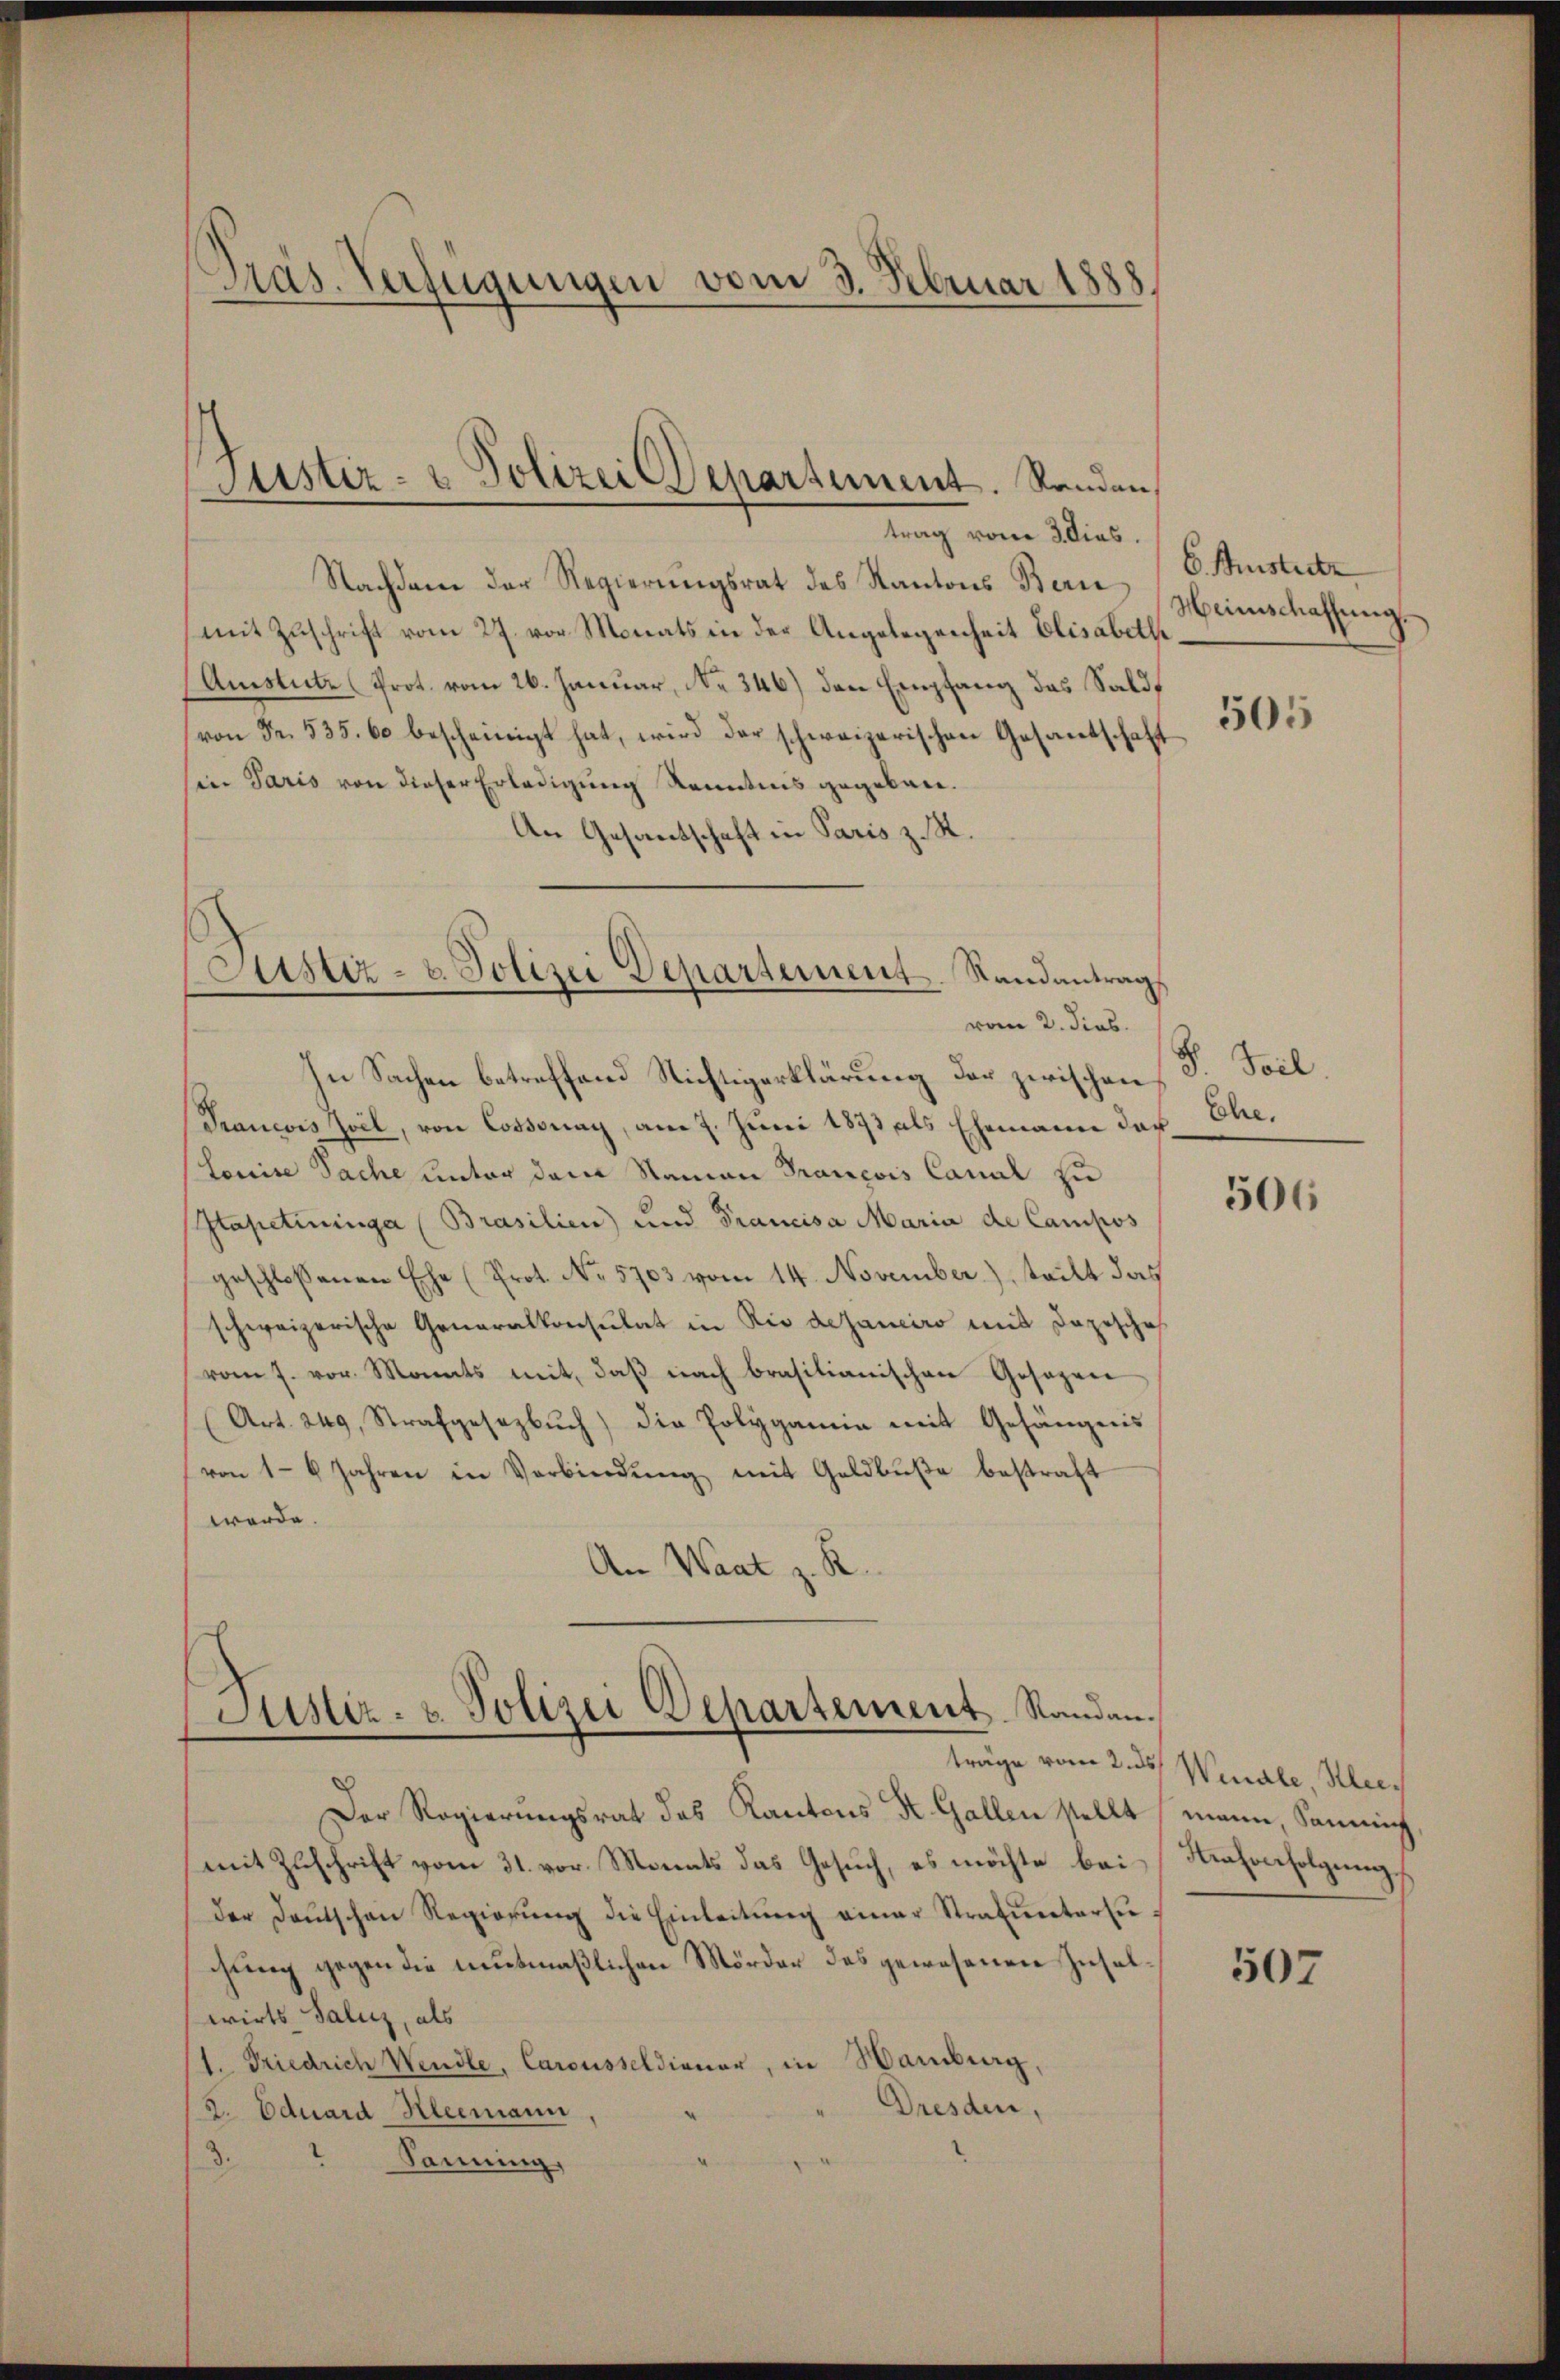
Pras. Verfügungen vom 3. Februar 1888

Justiz- & Polizei Departement. Sanden,

Justiz- u. Polizei Departement Randantrags

trag vom 3. dies.
Nachdem der Regierungsrat des Kantons Bern
(mit Zuschrift vom 27. vor Monats in der Angelegenheit Elisabeth
Austutz (Prot. vom 26. Januar, No 346) den Empfang des Sald
von Fr. 535. 60 bescheinigt hat, wird der schweizerischen Gesantschaft
sin Paris von dieser Erledigung Kenntnis gegeben.
An Gesandschaft in Paris z. St.
vom 2. dies.
In Sachen betreffend Richtigerklärung der zwischen
Tancois Zoll, von Cossonay, am 7. Juni 1873 als Ehemann der Ehe¬
Louise Sache unter dem Namen Trancois Canal zu
Stapetininga (Brasilien) und Francisa Maria de Campos
geschlossenen Ehe (Prot. No. 5703 vom 14. November), teilt das
schweizerische Generalkonsulat in Rio dejaneiro mit Dazische
vom 7. vor. Monats mit, daß nach brasilianischen Gesagen
(Art. 249, Strafgesezbŭch) die Polygamie mit Gefängnis
von 16 Jahren in Verbindŭng mit Geldbuße bestraft
werde.
An Waat z. R.

Justiz- & Polizei Departement Randan¬

Der Regierungsrat das Kantons K. Gallen stellt, mann Sammin
mit Zuschrift vom 31. vor. Monats das Gesuch, es möchte bei
der Deutschen Regierŭng die Einleitŭng einer Strafuntersuchung gegen die mutmaßlichen Mörder des gewesenen Inselwirts Salicz, als
(1. Friedrich Wendle, Carousseldiener, in Hamburg,
Dresden,
(K. Eduard Kleemann
d.
Sanning.

6. Justitz
Heimschaffung.

505

S. Teil.

506

träge vom 2. ds. Wennale, Klei¬
Krahverfolgung,

507